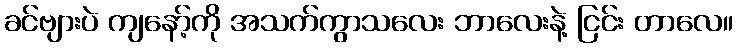
ခင်ဗျားပဲ ကျနော့်ကို အသက်ကွာသလေး ဘာလေးနဲ့ ငြင်း တာလေ။